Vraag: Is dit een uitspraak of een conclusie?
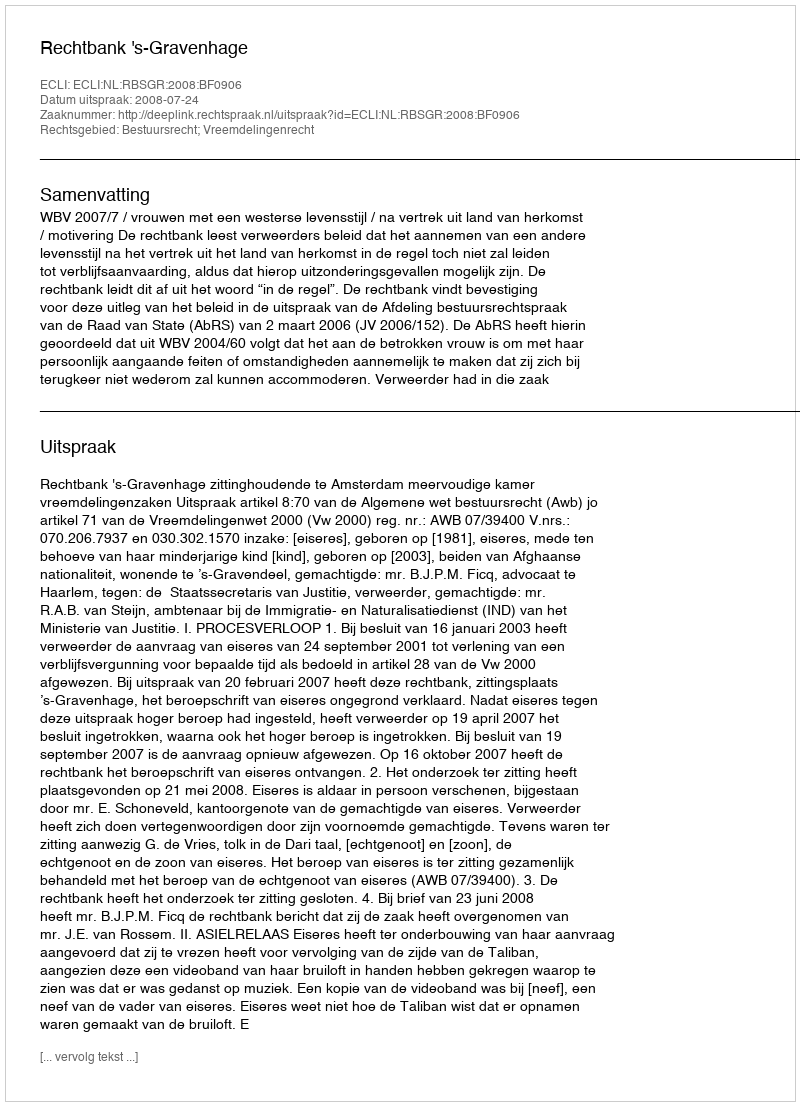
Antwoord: Uitspraak